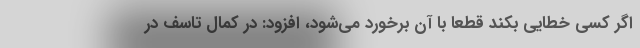
اگر کسی خطایی بکند قطعا با آن برخورد می‌شود، افزود: در کمال تاسف در